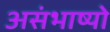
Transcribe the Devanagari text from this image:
असंभाष्यो